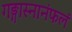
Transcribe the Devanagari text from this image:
गङ्गास्नानंफलं